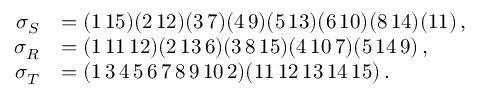
\begin{array} { r l } { \sigma _ { S } } & { = ( 1 \, 1 5 ) ( 2 \, 1 2 ) ( 3 \, 7 ) ( 4 \, 9 ) ( 5 \, 1 3 ) ( 6 \, 1 0 ) ( 8 \, 1 4 ) ( 1 1 ) \, , } \\ { \sigma _ { R } } & { = ( 1 \, 1 1 \, 1 2 ) ( 2 \, 1 3 \, 6 ) ( 3 \, 8 \, 1 5 ) ( 4 \, 1 0 \, 7 ) ( 5 \, 1 4 \, 9 ) \, , } \\ { \sigma _ { T } } & { = ( 1 \, 3 \, 4 \, 5 \, 6 \, 7 \, 8 \, 9 \, 1 0 \, 2 ) ( 1 1 \, 1 2 \, 1 3 \, 1 4 \, 1 5 ) \, . } \end{array}